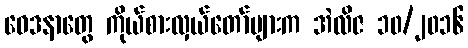
ဝေဒနာတွေ ကိုယ်စားလှယ်တော်များက အဲလိဇ ၁၀/၂၀၁၆